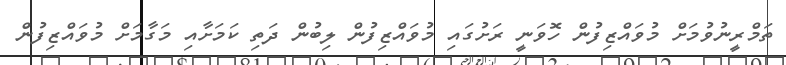
ތަމްރީނުވުމަށް މުވައްޒިފުން ހޮވަނީ ރަށުގައި މުވައްޒިފުން ލިބުން ދަތި ކަމަށާއި މަގާމަށް މުވައްޒިފުން